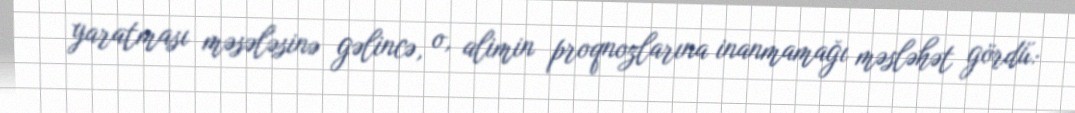
yaratması məsələsinə gəlincə, o, alimin proqnozlarına inanmamağı məsləhət gördü: